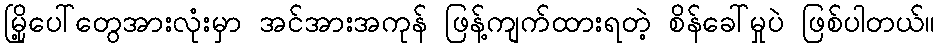
မြို့ပေါ်တွေအားလုံးမှာ အင်အားအကုန် ဖြန့်ကျက်ထားရတဲ့ စိန်ခေါ်မှုပဲ ဖြစ်ပါတယ်။